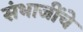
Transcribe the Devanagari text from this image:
संभाजींचे